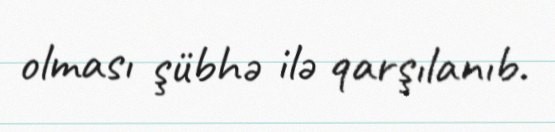
olması şübhə ilə qarşılanıb.